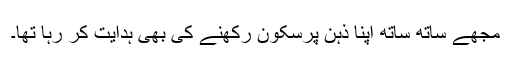
مجھے ساتھ ساتھ اپنا ذہن پرسکون رکھنے کی بھی ہدایت کر رہا تھا۔